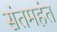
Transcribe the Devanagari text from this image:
संतमहंत